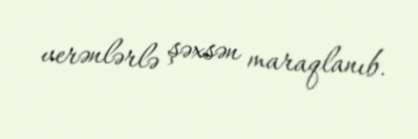
verənlərlə şəxsən maraqlanıb.